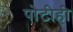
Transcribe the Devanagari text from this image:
पोटीही